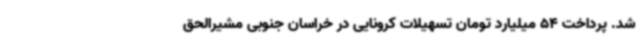
شد. پرداخت 54 میلیارد تومان تسهیلات کرونایی در خراسان جنوبی مشیرالحق